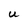
Character: U